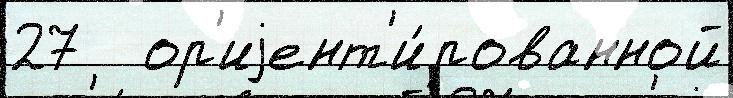
27   ор'иjент'и́рованной